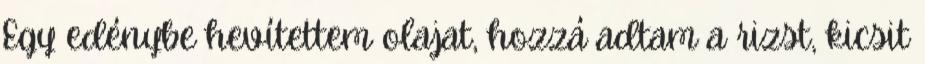
Egy edénybe hevítettem olajat, hozzá adtam a rizst, kicsit